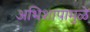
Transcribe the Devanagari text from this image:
अभिशापामुळे